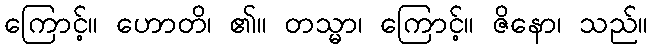
ကြောင့်။ ဟောတိ၊ ၏။ တသ္မာ၊ ကြောင့်။ ဇိနော၊ သည်။